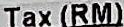
TAX(RM)